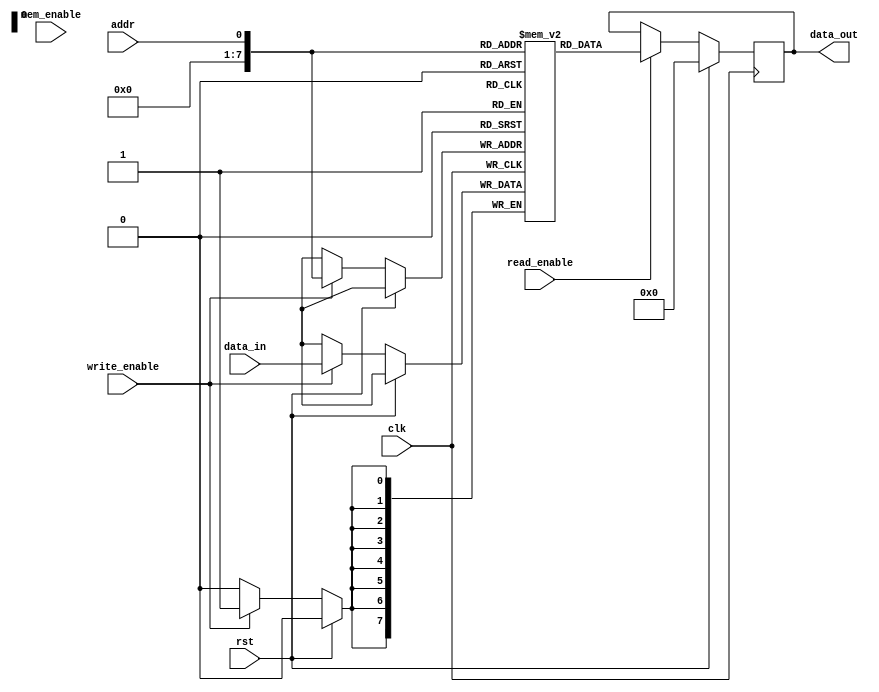
module ddr_controller (
    input wire clk,
    input wire rst,
    input wire [7:0] data_in,
    output reg [7:0] data_out,
    input wire addr,
    input wire read_enable,
    input wire write_enable,
    input wire mem_enable
);

reg [7:0] memory_array [0:255];

always @(posedge clk) begin
    if (rst) begin
        data_out <= 8'b0;
    end else begin
        if (read_enable) begin
            data_out <= memory_array[addr];
        end
        if (write_enable)begin
            memory_array[addr] <= data_in;
        end
    end
end

endmodule